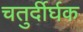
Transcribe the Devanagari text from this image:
चतुर्दीर्घक